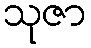
သုဇာ